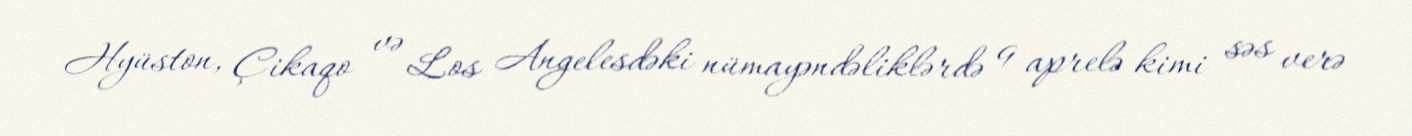
Hyüston, Çikaqo və Los Angelesdəki nümayəndəliklərdə 9 aprelə kimi səs verə